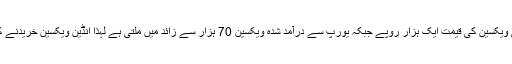
انڈیا سے درآمد کی گئی ویکسین کی قیمت ایک ہزار روپے جبکہ یورپ سے درآمد شدہ ویکسین 70 ہزار سے زائد میں ملتی ہے لہٰذا انڈین ویکسین خریدنے کو ترجیح دی جاتی ہے۔